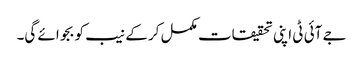
جے آئی ٹی اپنی تحقیقات مکمل کر کے نیب کو بجوائے گی۔